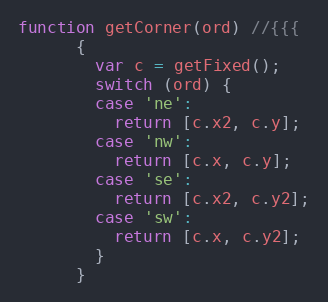
Language: JavaScript
function getCorner(ord) //{{{
      {
        var c = getFixed();
        switch (ord) {
        case 'ne':
          return [c.x2, c.y];
        case 'nw':
          return [c.x, c.y];
        case 'se':
          return [c.x2, c.y2];
        case 'sw':
          return [c.x, c.y2];
        }
      }